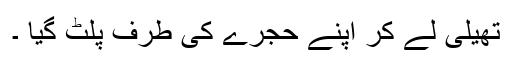
تھیلی لے کر اپنے حجرے کی طرف پلٹ گیا ۔